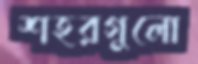
শহরগুলো